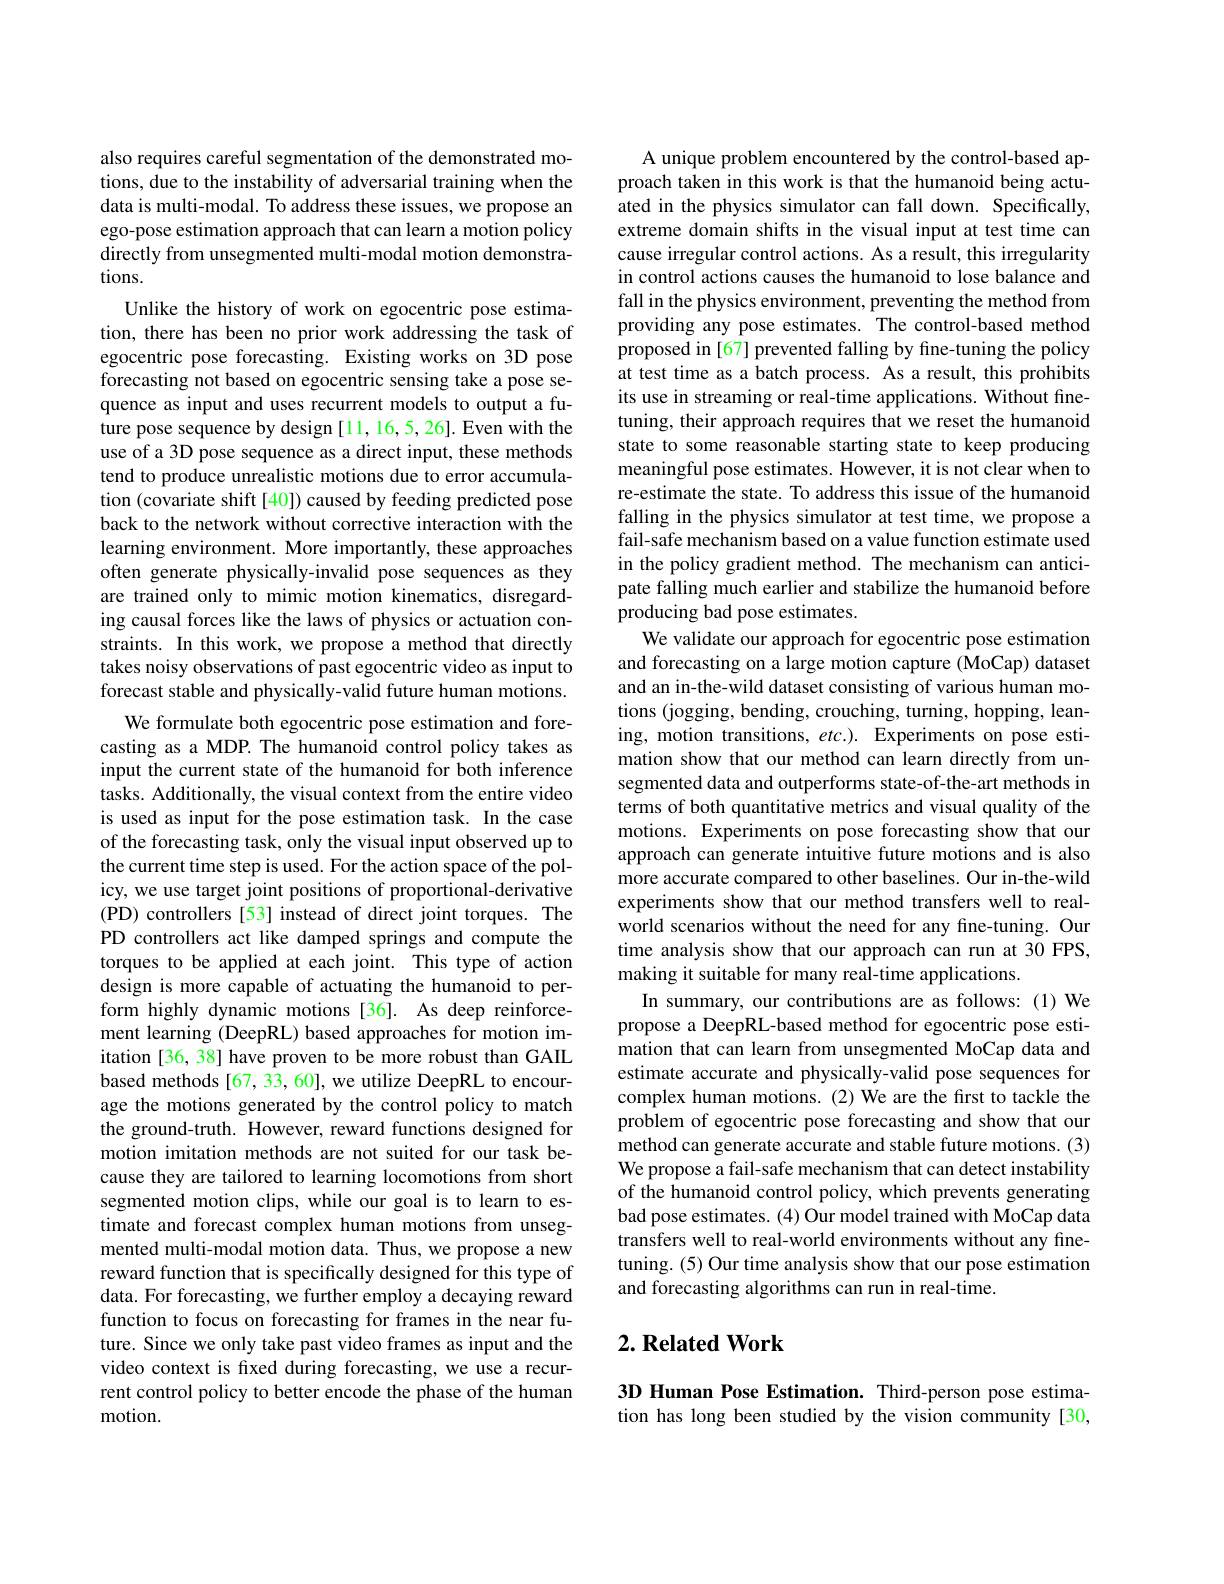
also requires careful segmentation of the demonstrated motions, due to the instability of adversarial training when the data is multi-modal. To address these issues, we propose an ego-pose estimation approach that can learn a motion policy directly from unsegmented multi-modal motion demonstrations.
Unlike the history of work on egocentric pose estimation, there has been no prior work addressing the task of egocentric pose forecasting. Existing works on 3D pose forecasting not based on egocentric sensing take a pose sequence as input and uses recurrent models to output a future pose sequence by design [11,16,5,26]. Even with the use of a 3D pose sequence as a direct input, these methods tend to produce unrealistic motions due to error accumulation (covariate shift[40]) caused by feeding predicted pose back to the network without corrective interaction with the learning environment. More importantly, these approaches often generate physically-invalid pose sequences as they are trained only to mimic motion kinematics, disregarding causal forces like the laws of physics or actuation constraints. In this work, we propose a method that directly takes noisy observations of past egocentric video as input to forecast stable and physically-valid future human motions.
We formulate both egocentric pose estimation and forecasting as a MDP. The humanoid control policy takes as input the current state of the humanoid for both inference tasks. Additionally, the visual context from the entire video is used as input for the pose estimation task. In the case of the forecasting task, only the visual input observed up to the current time step is used. For the action space of the policy, we use target joint positions of proportional-derivative (PD) controllers[53] instead of direct joint torques. The PD controllers act like damped springs and compute the torques to be applied at each joint. This type of action design is more capable of actuating the humanoid to perform highly dynamic motions [36]. As deep reinforcement learning (DeepRL) based approaches for motion imitation [36, 38] have proven to be more robust than GAIL based methods [67, 33, 60], we utilize DeepRL to encourage the motions generated by the control policy to match the ground-truth. However, reward functions designed for motion imitation methods are not suited for our task because they are tailored to learning locomotions from short segmented motion clips, while our goal is to learn to estimate and forecast complex human motions from unsegmented multi-modal motion data. Thus, we propose a new reward function that is specifically designed for this type of data. For forecasting, we further employ a decaying reward function to focus on forecasting for frames in the near future. Since we only take past video frames as input and the video context is fixed during forecasting, we use a recurrent control policy to better encode the phase of the human motion.

A unique problem encountered by the control-based approach taken in this work is that the humanoid being actuated in the physics simulator can fall down. Specifically, extreme domain shifts in the visual input at test time can cause irregular control actions. As a result, this irregularity in control actions causes the humanoid to lose balance and fall in the physics environment, preventing the method from providing any pose estimates. The control-based method proposed in [67] prevented falling by fine-tuning the policy at test time as a batch process. As a result, this prohibits its use in streaming or real-time applications. Without finetuning, their approach requires that we reset the humanoid state to some reasonable starting state to keep producing meaningful pose estimates. However, it is not clear when to re-estimate the state. To address this issue of the humanoid falling in the physics simulator at test time, we propose a fail-safe mechanism based on a value function estimate used in the policy gradient method. The mechanism can anticipate falling much earlier and stabilize the humanoid before producing bad pose estimates.
We validate our approach for egocentric pose estimation and forecasting on a large motion capture (MoCap) dataset and an in-the-wild dataset consisting of various human motions (jogging, bending, crouching, turning, hopping, leaning, motion transitions, etc.). Experiments on pose estimation show that our method can learn directly from unsegmented data and outperforms state-of-the-art methods in terms of both quantitative metrics and visual quality of the motions. Experiments on pose forecasting show that our approach can generate intuitive future motions and is also more accurate compared to other baselines. Our in-the-wild experiments show that our method transfers well to realworld scenarios without the need for any fine-tuning. Our time analysis show that our approach can run at 30 FPS, making it suitable for many real-time applications.
In summary, our contributions are as follows: (1) We propose a DeepRL-based method for egocentric pose estimation that can learn from unsegmented MoCap data and estimate accurate and physically-valid pose sequences for complex human motions. (2) We are the first to tackle the problem of egocentric pose forecasting and show that our method can generate accurate and stable future motions. (3) We propose a fail-safe mechanism that can detect instability of the humanoid control policy, which prevents generating bad pose estimates. (4) Our model trained with MoCap data transfers well to real-world environments without any finetuning. (5) Our time analysis show that our pose estimation and forecasting algorithms can run in real-time.

### $2. \textbf{Related Work}$

3D Human Pose Estimation. Third-person pose estimation has long been studied by the vision community[30,